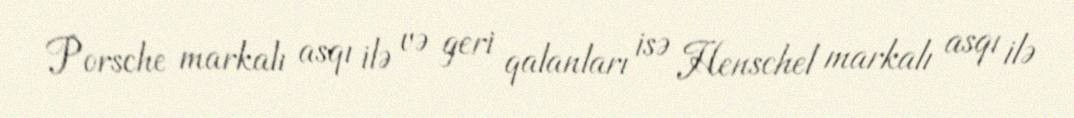
Porsche markalı asqı ilə və geri qalanları isə Henschel markalı asqı ilə